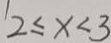
2 \leq x < 3